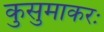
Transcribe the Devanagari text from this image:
कुसुमाकरः